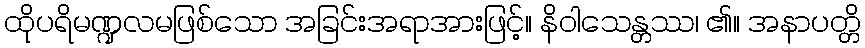
ထိုပရိမဏ္ဍလမဖြစ်သော အခြင်းအရာအားဖြင့်။ နိဝါသေန္တဿ၊ ၏။ အနာပတ္တိ